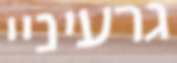
גרעיניי